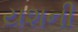
યશની